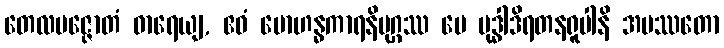
တေလပဇ္ဇောတံ ဓာရေယျ, ဧဝံ မောဟန္ဓကာရနိမုဂ္ဂဿ မေ ဗုဒ္ဓါဒိရတနရူပါနိ အပဿတော